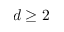
d \ge 2